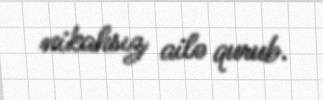
nikahsız ailə qurub.